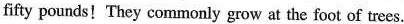
fifty pounds!They commonly grow at the foot of trees.